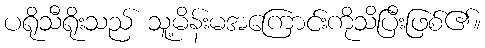
ပရိုသီရိုးသည် သူ့မိန်းမအကြောင်းကိုသိပြီးဖြစ်၏။